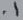
Text: .1